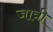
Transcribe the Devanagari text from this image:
जात्री